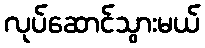
လုပ်ဆောင်သွားမယ်